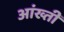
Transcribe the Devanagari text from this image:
आंख्ती